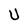
Character: U